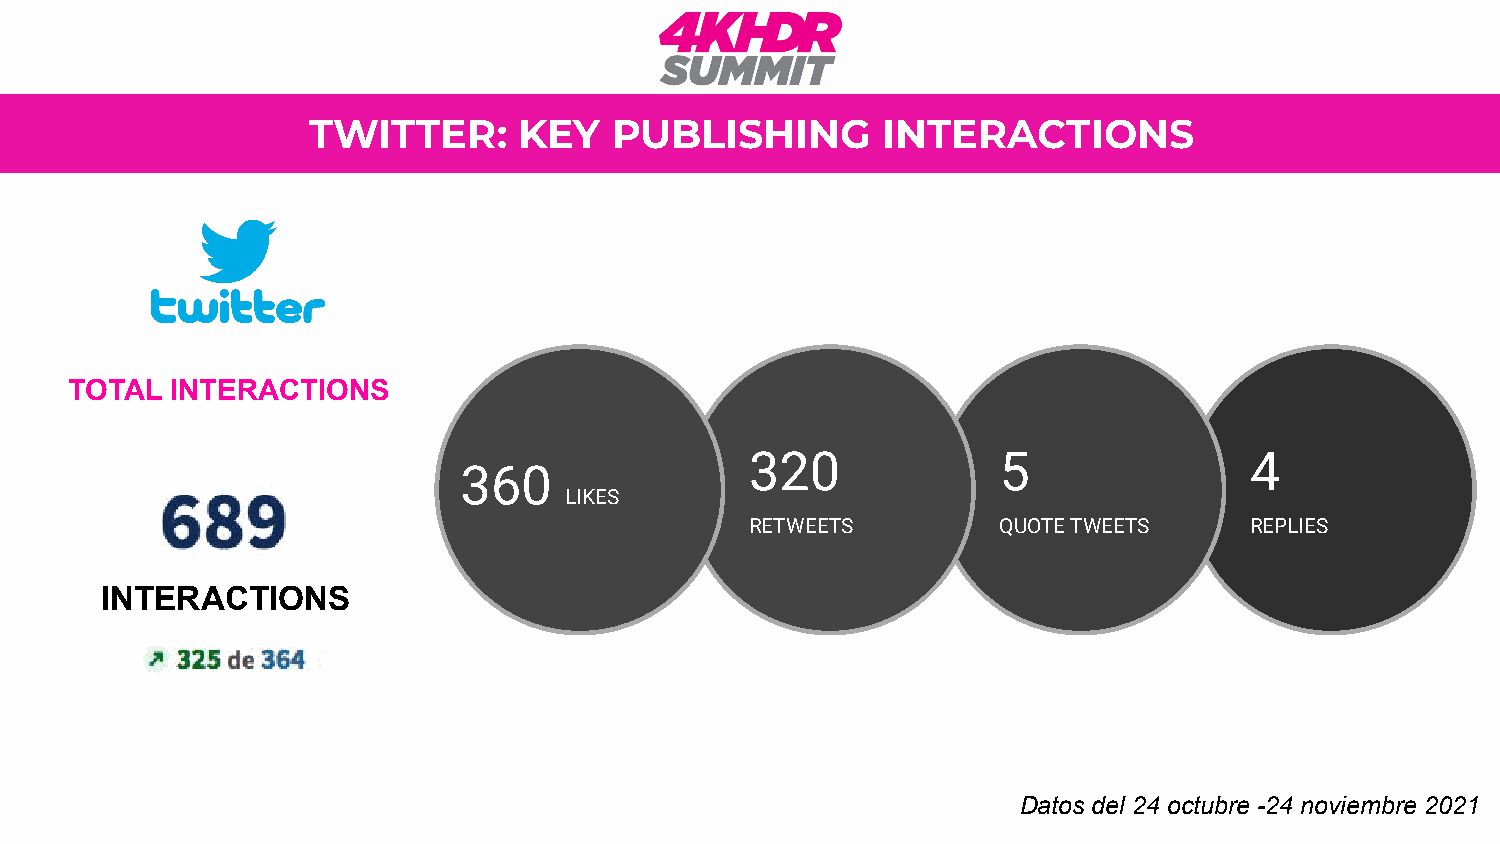
TWITTER:      KEY   PUBLISHING        INTERACTIONS
 TOTAL INTERACTIONS
 320             5                4
 360
 LIKES
 RETWEETS        QUOTE TWEETS     REPLIES
 INTERACTIONS
 Datos del 24 octubre -24 noviembre 2021